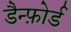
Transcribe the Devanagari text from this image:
डैन्फ़ोर्ड